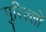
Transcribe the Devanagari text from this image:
गुरिल्लों